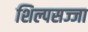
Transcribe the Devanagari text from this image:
शिल्पसज्जा